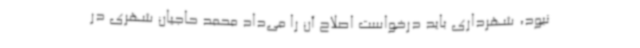
نبود، شهرداری باید درخواست اصلاح آن را می‌داد محمد حاجیان شهری در